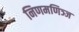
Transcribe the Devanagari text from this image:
निणमणिञ्ज